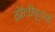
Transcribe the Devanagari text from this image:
हॉलीवूडची